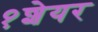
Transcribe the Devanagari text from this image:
१शेयर